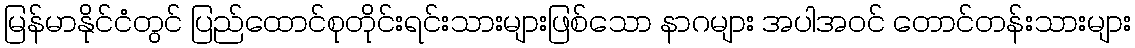
မြန်မာနိုင်ငံတွင် ပြည်ထောင်စုတိုင်းရင်းသားများဖြစ်သော နာဂများ အပါအဝင် တောင်တန်းသားများ